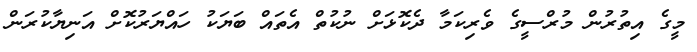
މީގެ އިތުރުން މުރްސީގެ ވެރިކަމާ ދެކޮޅަށް ނުކުތް އެތައް ބަޔަކު ހައްޔަރުކޮށް އަނިޔާކުރަން